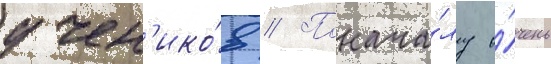
учен'ико́в // Понача́лу о́чень